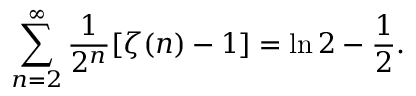
\sum _ { n = 2 } ^ { \infty } { \frac { 1 } { 2 ^ { n } } } [ \zeta ( n ) - 1 ] = \ln 2 - { \frac { 1 } { 2 } } .